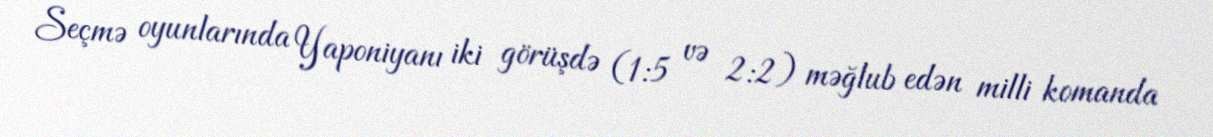
Seçmə oyunlarında Yaponiyanı iki görüşdə (1:5 və 2:2) məğlub edən milli komanda